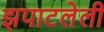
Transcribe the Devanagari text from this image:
झपाटलेली